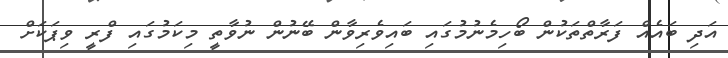
އަދި ބައެއް ފަރާތްތަކުން ބޯހިމެނުމުގައި ބައިވެރިވާން ބޭނުން ނުވާތީ މިކަމުގައި ފްރީ ވިޕަކަށް